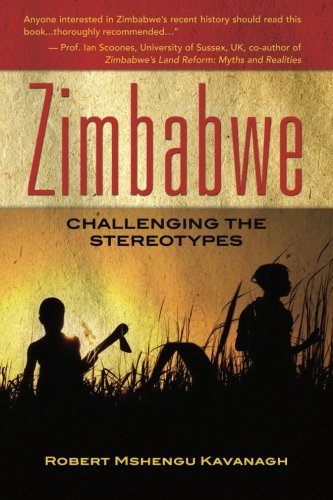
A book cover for Zimbabwe: Challenging the stereotypes; Robert Mshengu Kavanagh; History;